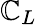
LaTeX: \mathbb{C}_{L}